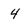
Character: 4